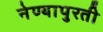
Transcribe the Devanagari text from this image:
नेण्यापुरती